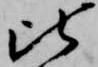
比